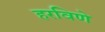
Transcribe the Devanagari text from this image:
हरविणे